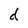
Character: d